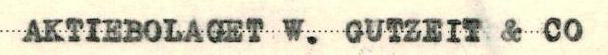
AKTIEBOLAGET W. GUTZEIT & CO